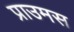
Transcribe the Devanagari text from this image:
प्राउमस